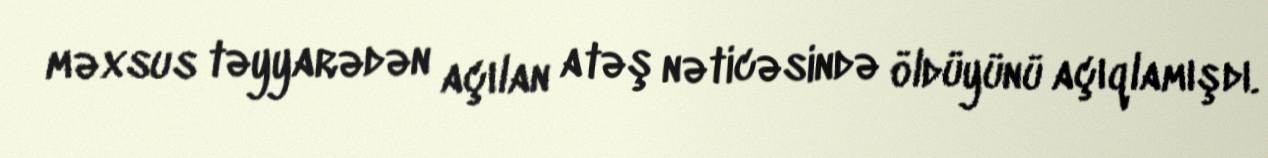
məxsus təyyarədən açılan atəş nəticəsində öldüyünü açıqlamışdı.